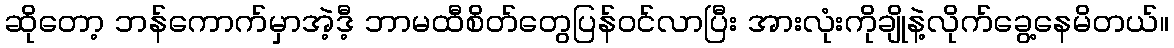
ဆိုတော့ ဘန်ကောက်မှာအဲ့ဒီ့ ဘာမထီစိတ်တွေပြန်ဝင်လာပြီး အားလုံးကိုချိုနဲ့လိုက်ခွေ့နေမိတယ်။